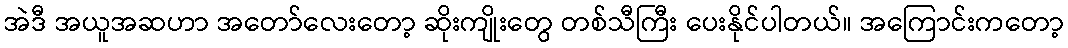
အဲဒီ အယူအဆဟာ အတော်လေးတော့ ဆိုးကျိုးတွေ တစ်သီကြီး ပေးနိုင်ပါတယ်။ အကြောင်းကတော့